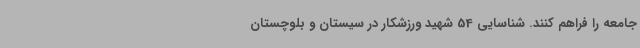
جامعه را فراهم کنند. شناسایی 54 شهید ورزشکار در سیستان و بلوچستان